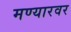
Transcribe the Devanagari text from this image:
मण्यारवर